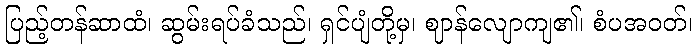
ပြည့်တန်ဆာထံ၊ ဆွမ်းရပ်ခံသည်၊ ရှင်ပျံတို့မှ၊ ဈာန်လျောကျ၏၊ စံပအဝတ်၊